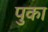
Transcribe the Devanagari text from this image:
पुका